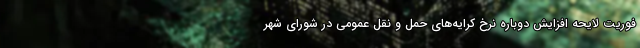
فوریت لایحه افزایش دوباره نرخ کرایه‌های حمل و نقل عمومی در شورای شهر